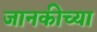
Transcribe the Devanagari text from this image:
जानकीच्या